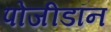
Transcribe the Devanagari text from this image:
पोजीडॉन